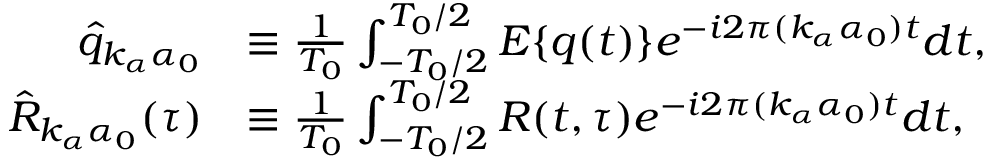
\begin{array} { r l } { \hat { q } _ { k _ { \alpha } \alpha _ { 0 } } } & { \equiv \frac { 1 } { T _ { 0 } } \int _ { - T _ { 0 } / 2 } ^ { T _ { 0 } / 2 } E \{ q ( t ) \} e ^ { - i 2 \pi ( k _ { \alpha } \alpha _ { 0 } ) t } d t , } \\ { \hat { R } _ { k _ { \alpha } \alpha _ { 0 } } ( \tau ) } & { \equiv \frac { 1 } { T _ { 0 } } \int _ { - T _ { 0 } / 2 } ^ { T _ { 0 } / 2 } R ( t , \tau ) e ^ { - i 2 \pi ( k _ { \alpha } \alpha _ { 0 } ) t } d t , } \end{array}